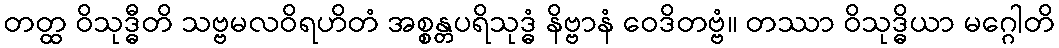
တတ္ထ ဝိသုဒ္ဓီတိ သဗ္ဗမလဝိရဟိတံ အစ္စန္တပရိသုဒ္ဓံ နိဗ္ဗာနံ ဝေဒိတဗ္ဗံ။ တဿာ ဝိသုဒ္ဓိယာ မဂ္ဂေါတိ